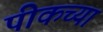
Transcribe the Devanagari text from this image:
पीकच्या